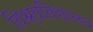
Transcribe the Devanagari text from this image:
विश्र्वविद्यालय